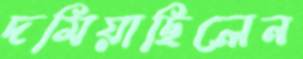
দমিয়াছিলেন